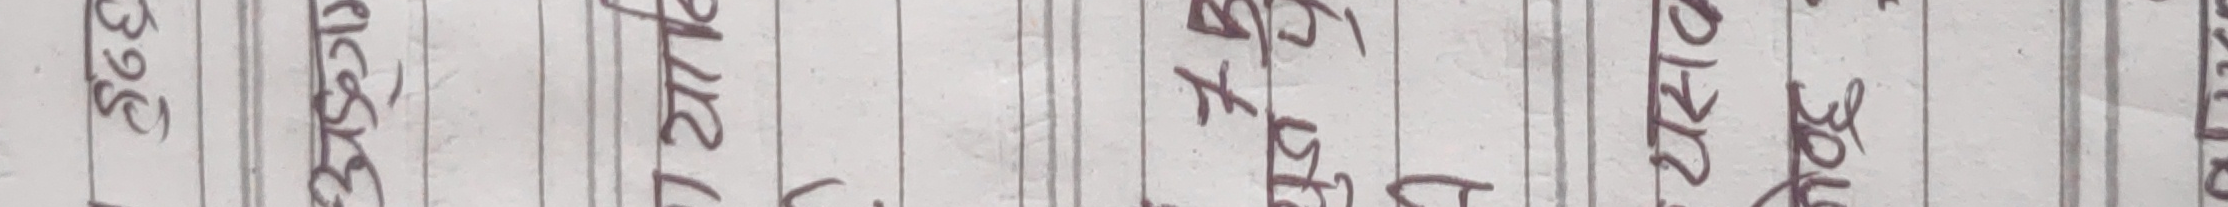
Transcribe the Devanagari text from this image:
३१६
३७३
३१८
३१२
३१४